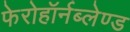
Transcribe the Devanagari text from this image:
फेरोहॉर्नब्लेण्ड